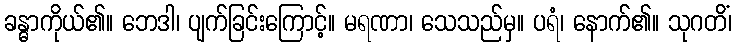
ခန္ဓာကိုယ်၏။ ဘေဒါ၊ ပျက်ခြင်းကြောင့်။ မရဏာ၊ သေသည်မှ။ ပရံ၊ နောက်၏။ သုဂတိံ၊